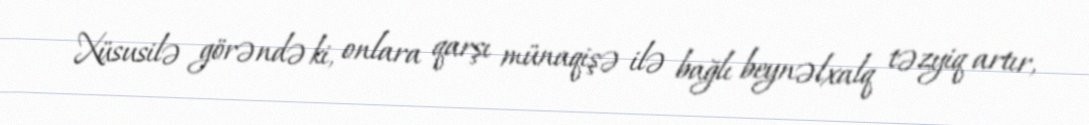
Xüsusilə görəndə ki, onlara qarşı münaqişə ilə bağlı beynəlxalq təzyiq artır,